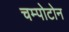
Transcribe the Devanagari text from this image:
चम्पोटोन